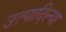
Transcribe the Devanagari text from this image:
उत्पादिल्या